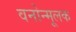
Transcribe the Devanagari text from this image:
वनोन्मूलक